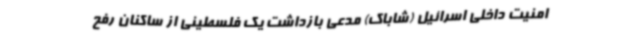
امنیت داخلی اسرائیل (شاباک) مدعی بازداشت یک فلسطینی از ساکنان رفح